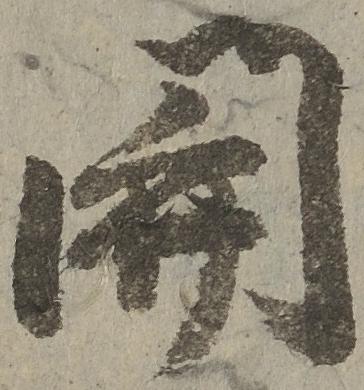
関